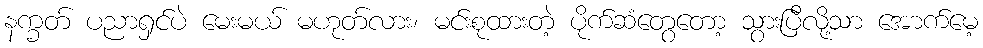
နက္ခတ် ပညာရှင်ပဲ မေးမယ် မဟုတ်လား၊ မင်းစုထားတဲ့ ပိုက်ဆံတွေတော့ သွားပြီလို့သာ အောက်မေ့